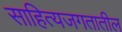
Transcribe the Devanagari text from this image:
साहित्यजगतातील